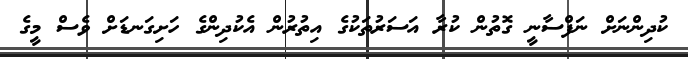
ކުދިންނަށް ނަފްސާނީ ގޮތުން ކުރާ އަސަރުތަކުގެ އިތުރުން އެކުދިންގެ ހަށިގަނޑަށް ވެސް މީގެ